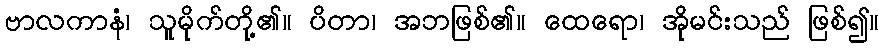
ဗာလကာနံ၊ သူမိုက်တို့၏။ ပိတာ၊ အဘဖြစ်၏။ ထေရော၊ အိုမင်းသည် ဖြစ်၍။